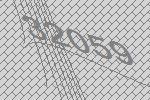
32059